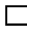
\sqsubset